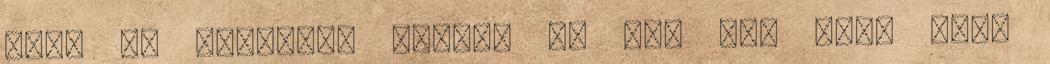
több is lehetett volna, de így kár volt őket